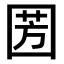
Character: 𭍦